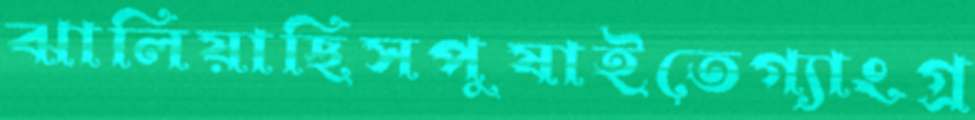
ঝালিয়াছিসপুষাইতেগ্যাংগ্র